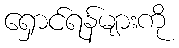
ရှောင်ရန်များကို